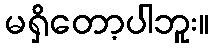
မရှိတော့ပါဘူး။